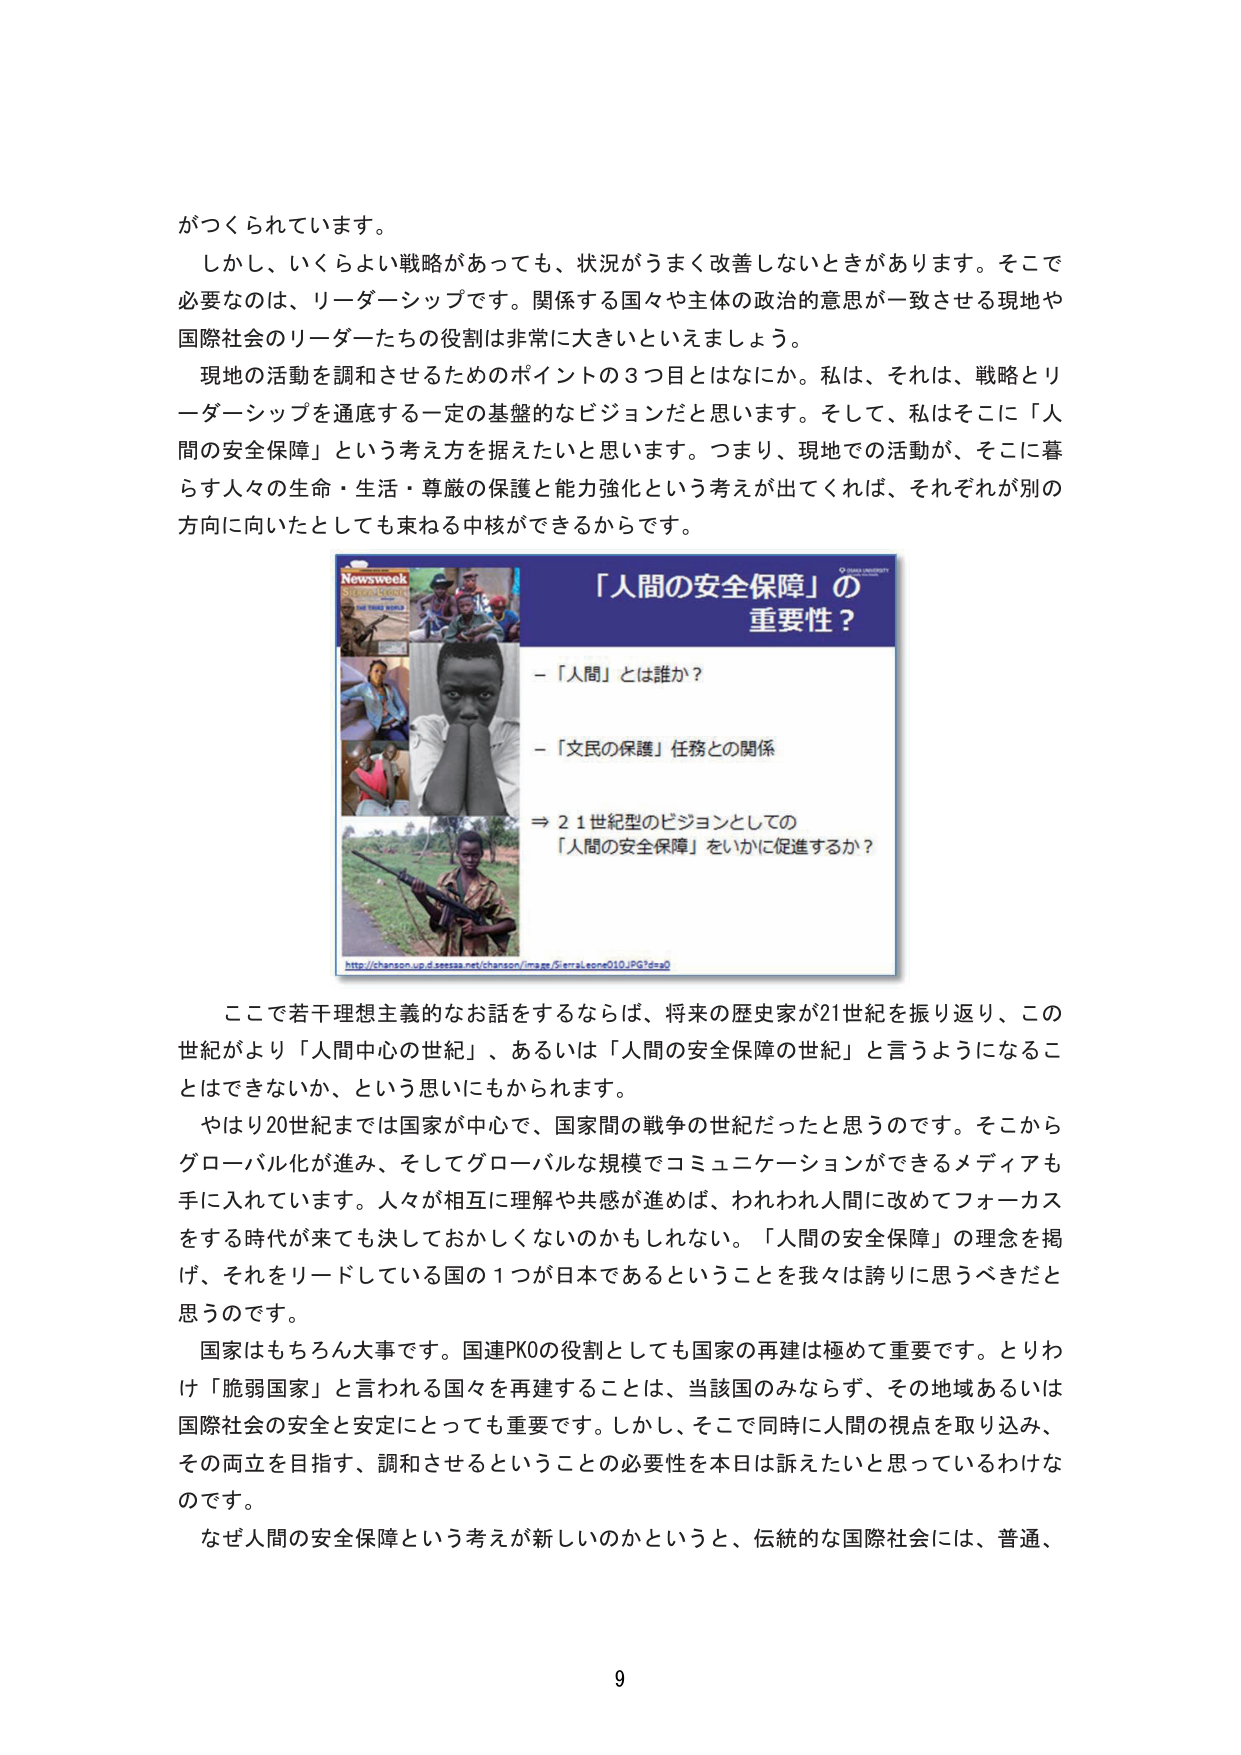
がつくられています。

しかし、いくらよい戦略があっても、状況がうまく改善しないときがあります。そこで必要なのは、リーダーシップです。関係する国々や主体の政治的意思が一致させる現地や国際社会のリーダーたちの役割は非常に大きいといえましょう。

現地の活動を調和させるためのポイントの３つ目とはなにか。私は、それは、戦略とリーダーシップを通底する一定の基盤的なビジョンだと思います。そして、私はそこに「人間の安全保障」という考え方を据えたいと思います。つまり、現地での活動が、そこに暮らす人々の生命・生活・尊厳の保護と能力強化という考えが出てくれば、それぞれが別の方向に向いたとしても束ねる中核ができるからです。

Newsweek
THE THIRD WORLD
「人間の安全保障」の
重要性？
－「人間」とは誰か？
－「文民の保護」任務との関係
⇒ 21世紀型のビジョンとしての
「人間の安全保障」をいかに促進するか？
http://chanson.up.d.sesasa.net/chanson/image/SierraLeone010.JPG?d=0

ここで若干理想主義的なお話をするとすれば、将来の歴史家が21世紀を振り返り、この世紀がより「人間中心の世紀」、あるいは「人間の安全保障の世紀」と言うようになることはできないか、という思いにもかられます。

やはり20世紀までは国家が中心で、国家間の戦争の世紀だったと思うのです。そこからグローバル化が進み、そしてグローバルな規模でコミュニケーションができるメディアも手に入れていています。人々が相互に理解や共感が進めば、われわれ人間に改めてフォーカスをする時代が来ても決しておかしくないのかもしれません。「人間の安全保障」の理念を掲げ、それをリードしている国の１つが日本であるということを我々は誇りに思うべきだと思うのです。

国家はもちろん大事です。国連PKOの役割としても国家の再建は極めて重要です。とりわけ「脆弱国家」と言われる国々を再建することは、当該国のみならず、その地域あるいは国際社会の安全と安定にとっても重要です。しかし、そこで同時に人間の視点を取り込み、その両立を目指す、調和させるということの必要性を本日は訴えたいと思っているわけなのです。

なぜ人間の安全保障という考えが新しいのかというと、伝統的な国際社会には、普通、

9